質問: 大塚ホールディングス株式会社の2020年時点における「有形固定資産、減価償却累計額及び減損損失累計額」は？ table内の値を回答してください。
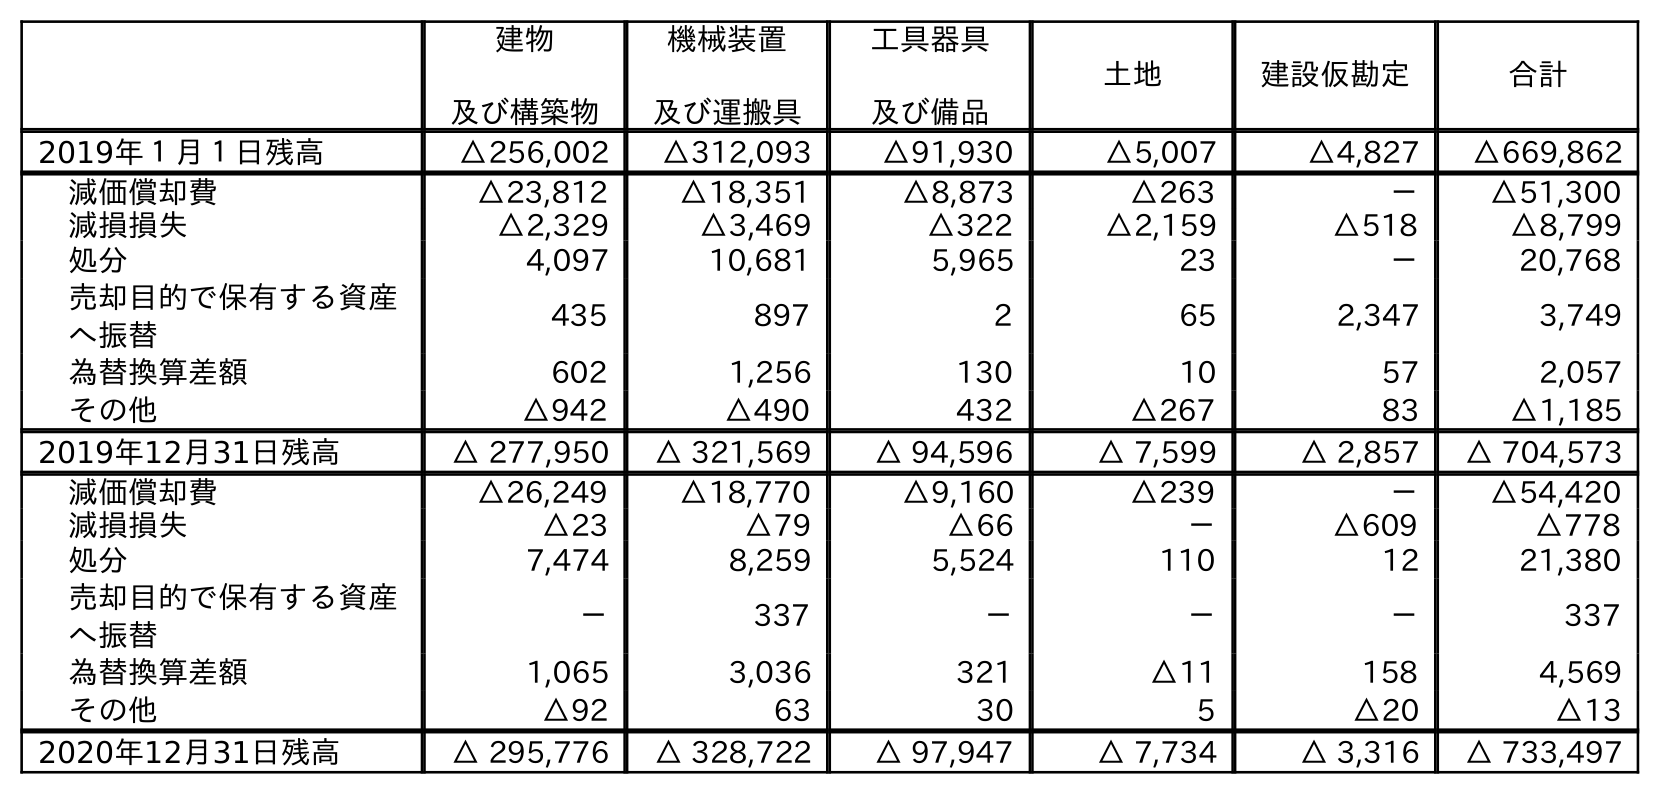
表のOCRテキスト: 建物 及び構築物 機械装置 及び運搬具 工具器具 及び備品 土地 建設仮勘定 合計 2019年１月１日残高 △256,002 △312,093 △91,930 △5,007 △4,827 △669,862 減価償却費 △23,812 △18,351 △8,873 △263 － △51,300 減損損失 △2,329 △3,469 △322 △2,159 △518 △8,799 処分 4,097 10,681 5,965 23 － 20,768 売却目的で保有する資産 へ振替 435 897 2 65 2,347 3,749 為替換算差額 602 1,256 130 10 57 2,057 その他 △942 △490 432 △267 83 △1,185 2019年12月31日残高 △ 277,950 △ 321,569 △ 94,596 △ 7,599 △ 2,857 △ 704,573 減価償却費 △26,249 △18,770 △9,160 △239 － △54,420 減損損失 △23 △79 △66 － △609 △778 処分 7,474 8,259 5,524 110 12 21,380 売却目的で保有する資産 へ振替 － 337 － － － 337 為替換算差額 1,065 3,036 321 △11 158 4,569 その他 △92 63 30 5 △20 △13 2020年12月31日残高 △ 295,776 △ 328,722 △ 97,947 △ 7,734 △ 3,316 △ 733,497
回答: △733,497